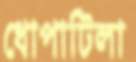
ধোপাটিলা